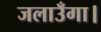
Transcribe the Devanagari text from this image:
जलाउँगा।